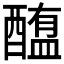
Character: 𰼐